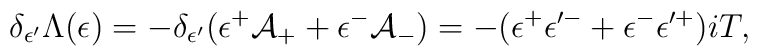
\delta _{\epsilon ^{\prime }}\Lambda (\epsilon )=-\delta _{\epsilon ^{\prime}}(\epsilon ^{+}\mathcal{A}_{+}+\epsilon ^{-}\mathcal{A}_{-})=-(\epsilon^{+}\epsilon ^{\prime -}+\epsilon ^{-}\epsilon ^{\prime +})iT,